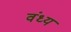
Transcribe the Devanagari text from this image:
वंध्य